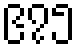
၉၇၅